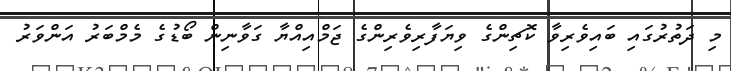
މި ދަތުރުގައި ބައިވެރިވާ ކޮޗިންގެ ވިޔަފާރިވެރިންގެ ޖަމްއިއްޔާ ގަވާނިން ބޯޑުގެ މެމްބަރު އަންވަރު